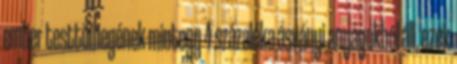
ember testtömegének mintegy 4 százaléka ásványi anyagokból áll, ezek